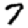
Digit: 7